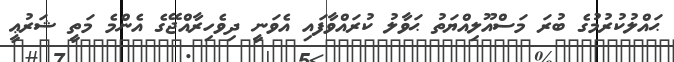
ޙައްލުކުރުމުގެ ބުރަ މަސްއޫލިއްޔަތު ޙަވާލު ކުރައްވާފައި އެވަނީ ދިވެހިރާއްޖޭގެ އެންމެ މަތީ ޝަރުޢީ